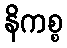
နိကစ္စ